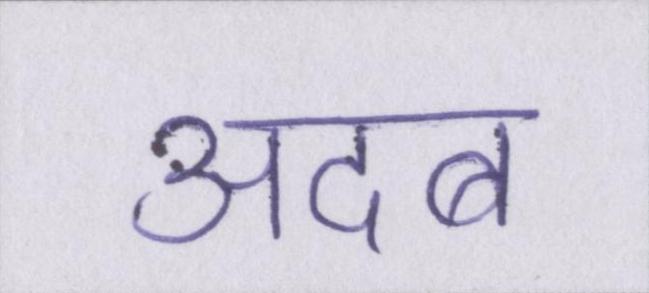
अदब